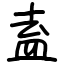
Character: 盍